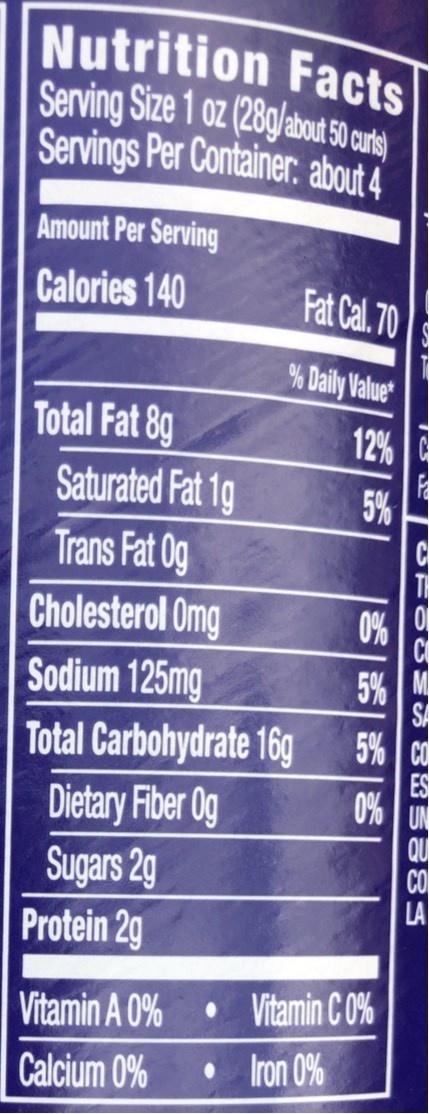
Nutrition Facts Serving Size 1 oz (28g/about 50 uts Servings Per Container about 4
Amount Per Serving
Calories 140
Fat Cal. 70
% Daily Value
Total Fat 8g
12%
Saturated Fat 1g
5% C
Trans Fat 0g
Cholesterol Omg Sodium 125mg Total Carbohydrate 16g
0% C 5% M SA 5% ca ES 0% UN
Dietary Fiber Og
Sugars 2g Protein 2g
Vitamin A 0%
• Vitamin C 0%
Calcium 0%
• Iron 0%